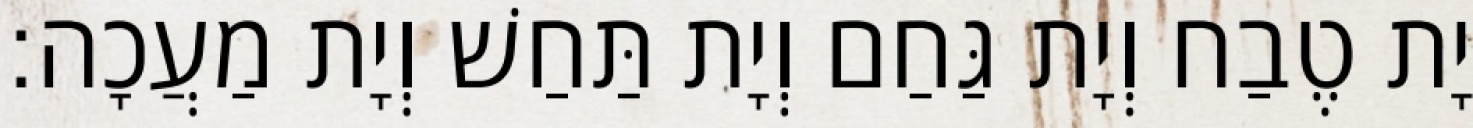
יָת טֶבַח וְיָת גַּחַם וְיָת תַּחַשׁ וְיָת מַעֲכָה׃